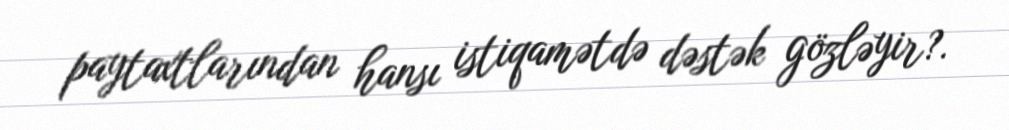
paytaxtlarından hansı istiqamətdə dəstək gözləyir?.